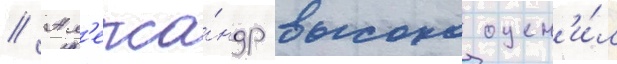
// Ал'екса́ндр высоко оцен'и́л